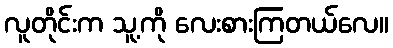
လူတိုင်းက သူ့ကို လေးစားကြတယ်လေ။